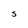
Character: S